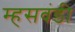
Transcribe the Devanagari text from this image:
म्हसवंडी